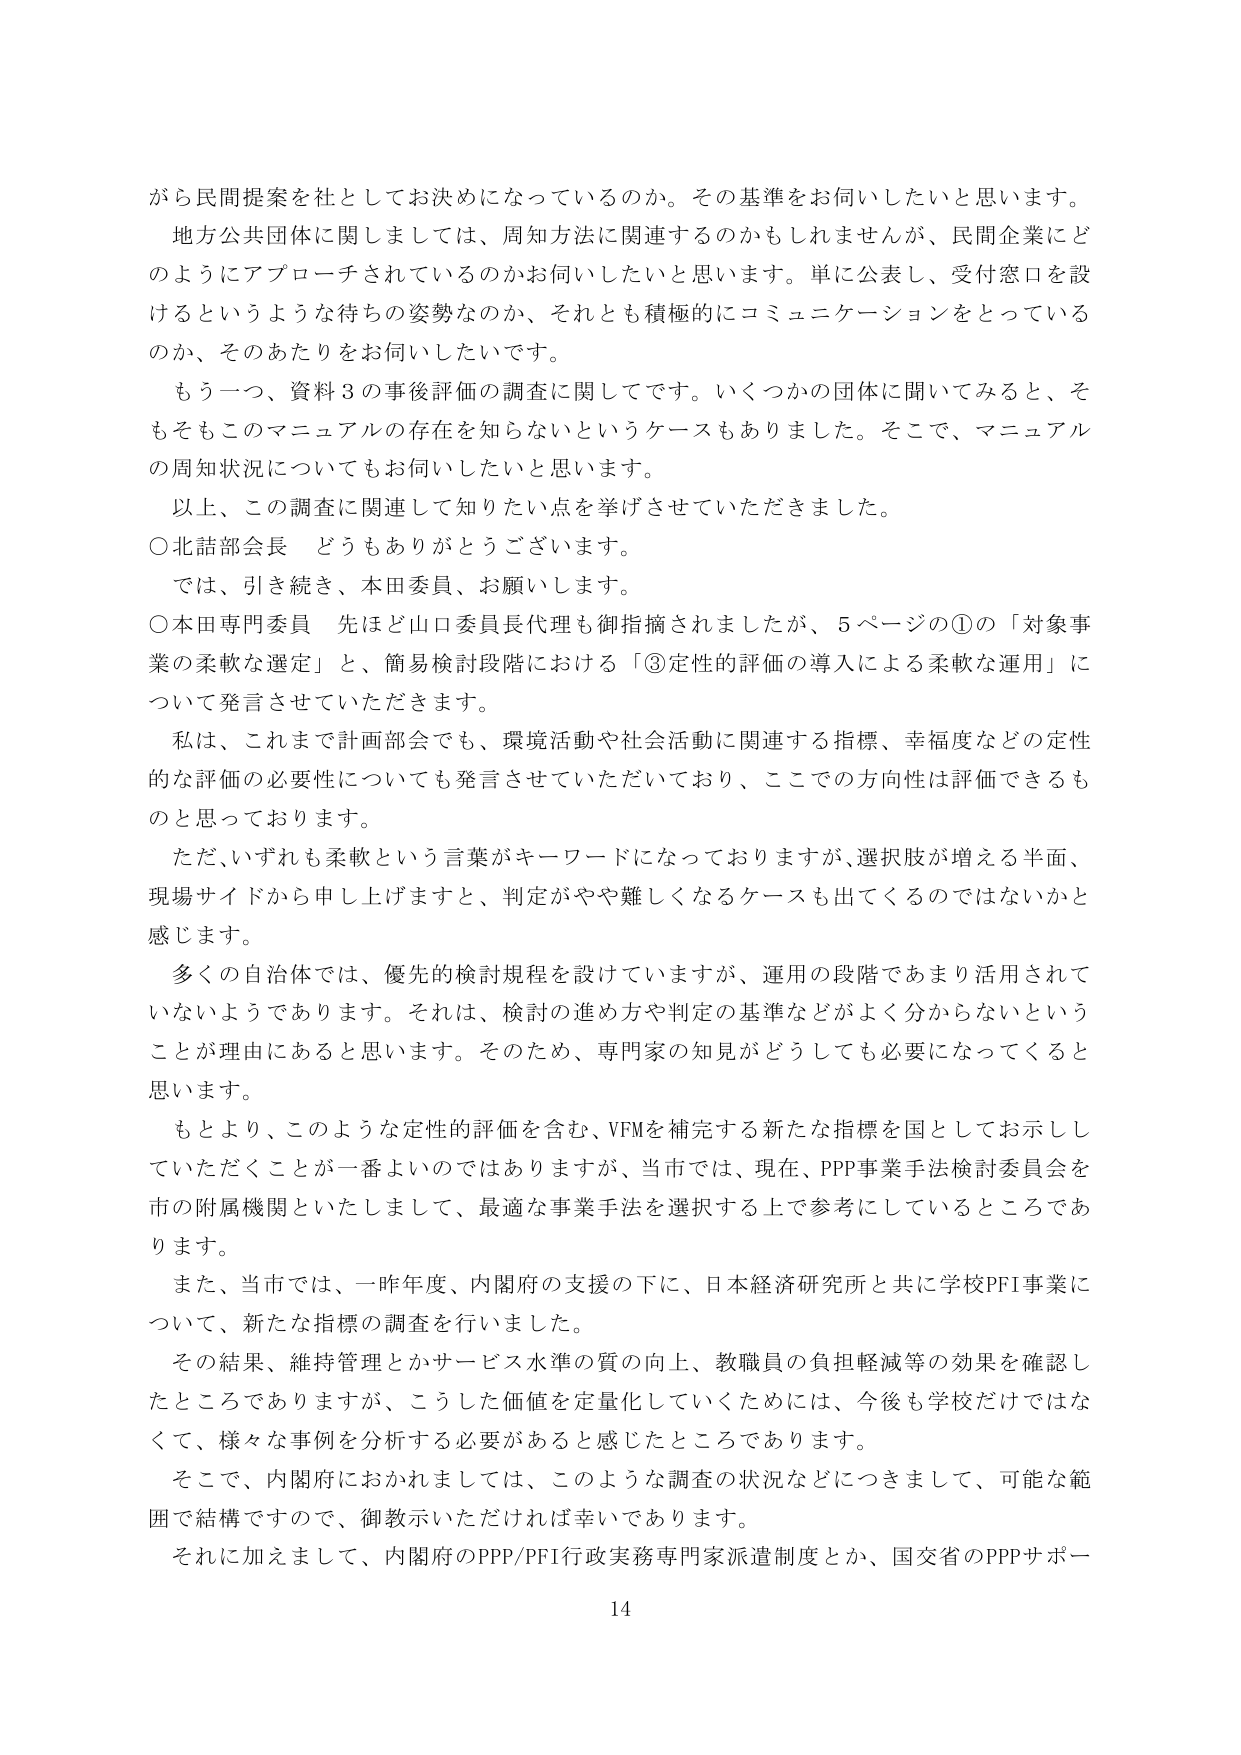
がら民間提案を社としてお決めになっているのか。その基準をお伺いしたいと思います。
地方公共団体に関しましては、周知方法に関連するのかもしれませんが、民間企業にどのようにアプローチされているのかお伺いしたいと思います。単に公表し、受付窓口を設けるというような待ちの姿勢なのか、それとも積極的にコミュニケーションをとっているのか、そのあたりをお伺いしたいです。
もう一つ、資料３の事後評価の調査に関してです。いくつかの団体に聞いてみると、そもそもこのマニュアルの存在を知らないというケースもありました。そこで、マニュアルの周知状況についてもお伺いしたいと思います。
以上、この調査に関連して知りたい点を挙げさせていただきました。
○北舘部会長 どうもありがとうございます。
では、引き続き、本田委員、お願いします。
○本田専門委員 先ほど山口委員長代理も御指摘されました、5ページの①の「対象事業の柔軟な選定」と、簡易検討段階における「③定性的評価の導入による柔軟な運用」について発言させていただきます。
私は、これまで計画部会でも、環境活動や社会活動に関連する指標、幸福度などの定性的な評価の必要性についても発言させていただいており、ここでの方向性は評価できるものと思っております。
ただ、いずれも柔軟という言葉がキーワードになっておりますが、選択肢が増える半面、現場サイドから申し上げますと、判定がやや難しくなるケースも出てくるのではないかと感じます。
多くの自治体では、優先的検討規程を設けていますが、運用の段階であまり活用されていないようであります。それは、検討の進め方や判定の基準などがよく分からないということが理由にあると思います。そのため、専門家の知見がどうしても必要になってくると思います。
もとより、このような定性的評価を含む、VFMを補完する新たな指標を国としてお示しいただくことが一番よいのはありますが、当市では、現在、PPP事業手法検討委員会を市の附属機関といたしまして、最適な事業手法を選択する上で参考にしているところであります。
また、当市では、一昨年度、内閣府の支援の下に、日本経済研究所と共に学校PFI事業について、新たな指標の調査を行いました。
その結果、維持管理とかサービス水準の質の向上、教職員の負担軽減等の効果を確認したところでありますが、こうした価値を定量化していくためには、今後も学校だけではなくて、様々な事例を分析する必要があると感じたところであります。
そこで、内閣府におかれましては、このような調査の状況などにつきまして、可能な範囲で結構ですので、御教示いただければ幸いでありります。
それに加えまして、内閣府のPPP/PFI行政実務専門家派遣制度とか、国交省のPPPサポー
14